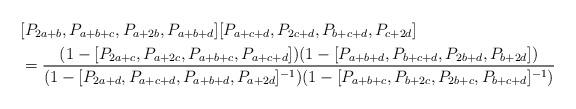
LaTeX: \begin{align*}&[P_{2a+b}, P_{a+b+c}, P_{a+2b}, P_{a+b+d}][P_{a+c+d}, P_{2c+d}, P_{b+c+d}, P_{c+2d}] \\&= \frac{(1-[P_{2a+c}, P_{a+2c}, P_{a+b+c}, P_{a+c+d}])(1-[P_{a+b+d}, P_{b+c+d}, P_{2b+d}, P_{b+2d}])} {(1-[P_{2a+d}, P_{a+c+d}, P_{a+b+d}, P_{a+2d}]^{-1})(1-[P_{a+b+c}, P_{b+2c}, P_{2b+c}, P_{b+c+d}]^{-1})}\end{align*}